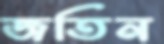
জতিন